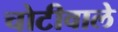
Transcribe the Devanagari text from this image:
चोटीवाले